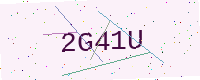
Text: 2G41U